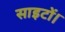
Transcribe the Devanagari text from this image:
साइटों।